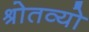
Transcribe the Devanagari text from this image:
श्रोतव्यो